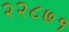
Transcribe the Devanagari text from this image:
२२८७१